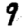
Digit: 9